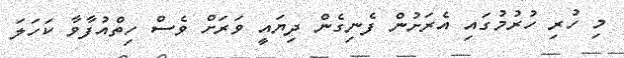
މި ހުރި ހުރުމުގައި އެރަށުން ފެނިގެން ދިޔައީ ވަރަށް ވެސް ހިތްއުފާވާ ކަހަލަ